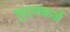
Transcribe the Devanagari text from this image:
युद्धकर्ज